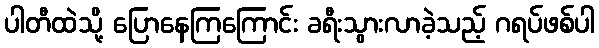
ပါတီထဲသို့ ပြောနေကြကြောင်း ခရီးသွားလာခဲ့သည့် ဂရပ်ဖစ်ပါ